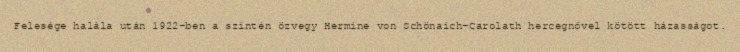
Felesége halála után 1922-ben a szintén özvegy Hermine von Schönaich-Carolath hercegnővel kötött házasságot.